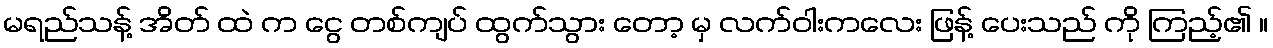
မရည်သန့် အိတ် ထဲ က ငွေ တစ်ကျပ် ထွက်သွား တော့ မှ လက်ဝါးကလေး ဖြန့် ပေးသည် ကို ကြည့်၏ ။